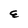
Character: E